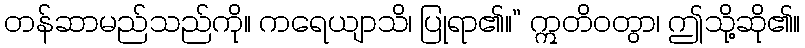
တန်ဆာမည်သည်ကို။ ကရေယျာသိ၊ ပြုရာ၏။” ဣတိဝတွာ၊ ဤသို့ဆို၏။